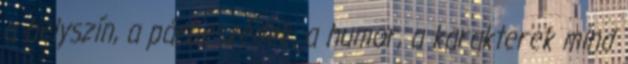
a helyszín, a párbeszédek, a humor, a karakterek mind